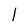
Character: l